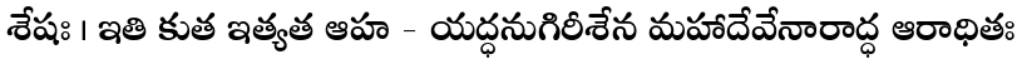
శేషః । ఇతి కుత ఇత్యత ఆహ - యద్ధనుగిరీశేన మహాదేవేనారాద్ధ ఆరాధితః